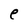
Character: e